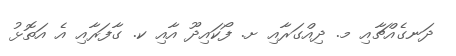
ދަނގެއްޗާއި މ. ދިއްގަރާއި ށ. ފޯކައިދޫ އާއި ކ. ގާފަރާއި އެ އަތޮޅު